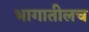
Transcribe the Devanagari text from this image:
भागातीलच